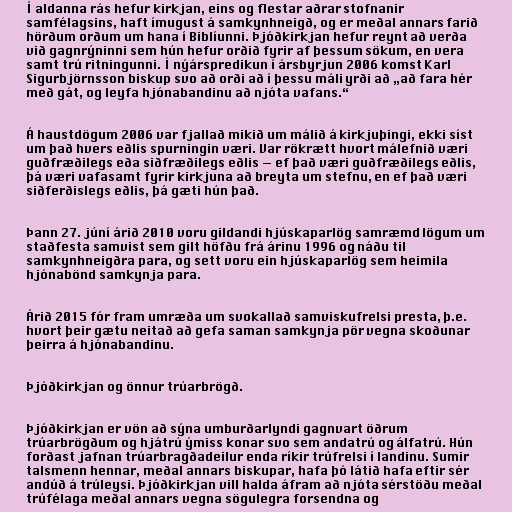
Í aldanna rás hefur kirkjan, eins og flestar aðrar stofnanir
samfélagsins, haft ímugust á samkynhneigð, og er meðal annars farið
hörðum orðum um hana í Biblíunni. Þjóðkirkjan hefur reynt að verða
við gagnrýninni sem hún hefur orðið fyrir af þessum sökum, en vera
samt trú ritningunni. Í nýárspredikun í ársbyrjun 2006 komst Karl
Sigurbjörnsson biskup svo að orði að í þessu máli yrði að „að fara hér
með gát, og leyfa hjónabandinu að njóta vafans.“

Á haustdögum 2006 var fjallað mikið um málið á kirkjuþingi, ekki síst
um það hvers eðlis spurningin væri. Var rökrætt hvort málefnið væri
guðfræðilegs eða siðfræðilegs eðlis — ef það væri guðfræðilegs eðlis,
þá væri vafasamt fyrir kirkjuna að breyta um stefnu, en ef það væri
siðferðislegs eðlis, þá gæti hún það.

Þann 27. júní árið 2010 voru gildandi hjúskaparlög samræmd lögum um
staðfesta samvist sem gilt höfðu frá árinu 1996 og náðu til
samkynhneigðra para, og sett voru ein hjúskaparlög sem heimila
hjónabönd samkynja para.

Árið 2015 fór fram umræða um svokallað samviskufrelsi presta, þ.e.
hvort þeir gætu neitað að gefa saman samkynja pör vegna skoðunar
þeirra á hjónabandinu.

Þjóðkirkjan og önnur trúarbrögð.

Þjóðkirkjan er vön að sýna umburðarlyndi gagnvart öðrum
trúarbrögðum og hjátrú ýmiss konar svo sem andatrú og álfatrú. Hún
forðast jafnan trúarbragðadeilur enda ríkir trúfrelsi í landinu. Sumir
talsmenn hennar, meðal annars biskupar, hafa þó látið hafa eftir sér
andúð á trúleysi. Þjóðkirkjan vill halda áfram að njóta sérstöðu meðal
trúfélaga meðal annars vegna sögulegra forsendna og